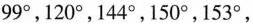
99°，120°，144°，150°，153°，